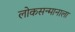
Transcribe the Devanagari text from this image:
लोकसन्मानाला